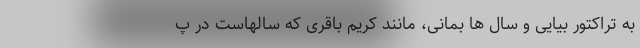
به تراکتور بیایی و سال ها بمانی، مانند کریم باقری که سالهاست در پ